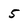
Character: 5